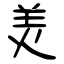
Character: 羙